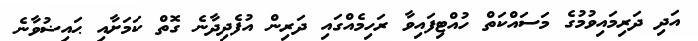
އަދި ދަރިމައިވުމުގެ މަސައްކަތް ހުއްޓިފައިވާ ރަހިމެއްގައި ދަރިން އުފެދިދާނެ ގޮތް ކަމަށާއި ޙައިޟުވާނެ